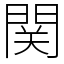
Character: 関